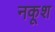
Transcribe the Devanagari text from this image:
नकूश